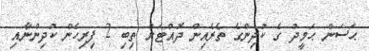
ޙަސަން ޙަމީދު ގެ ކުދިންގެ ތެރެއިން ދޮއްޓަށް ތިބި 2 ފިރިހެން ކުދިންނާއި